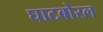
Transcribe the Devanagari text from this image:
घाटबोरल